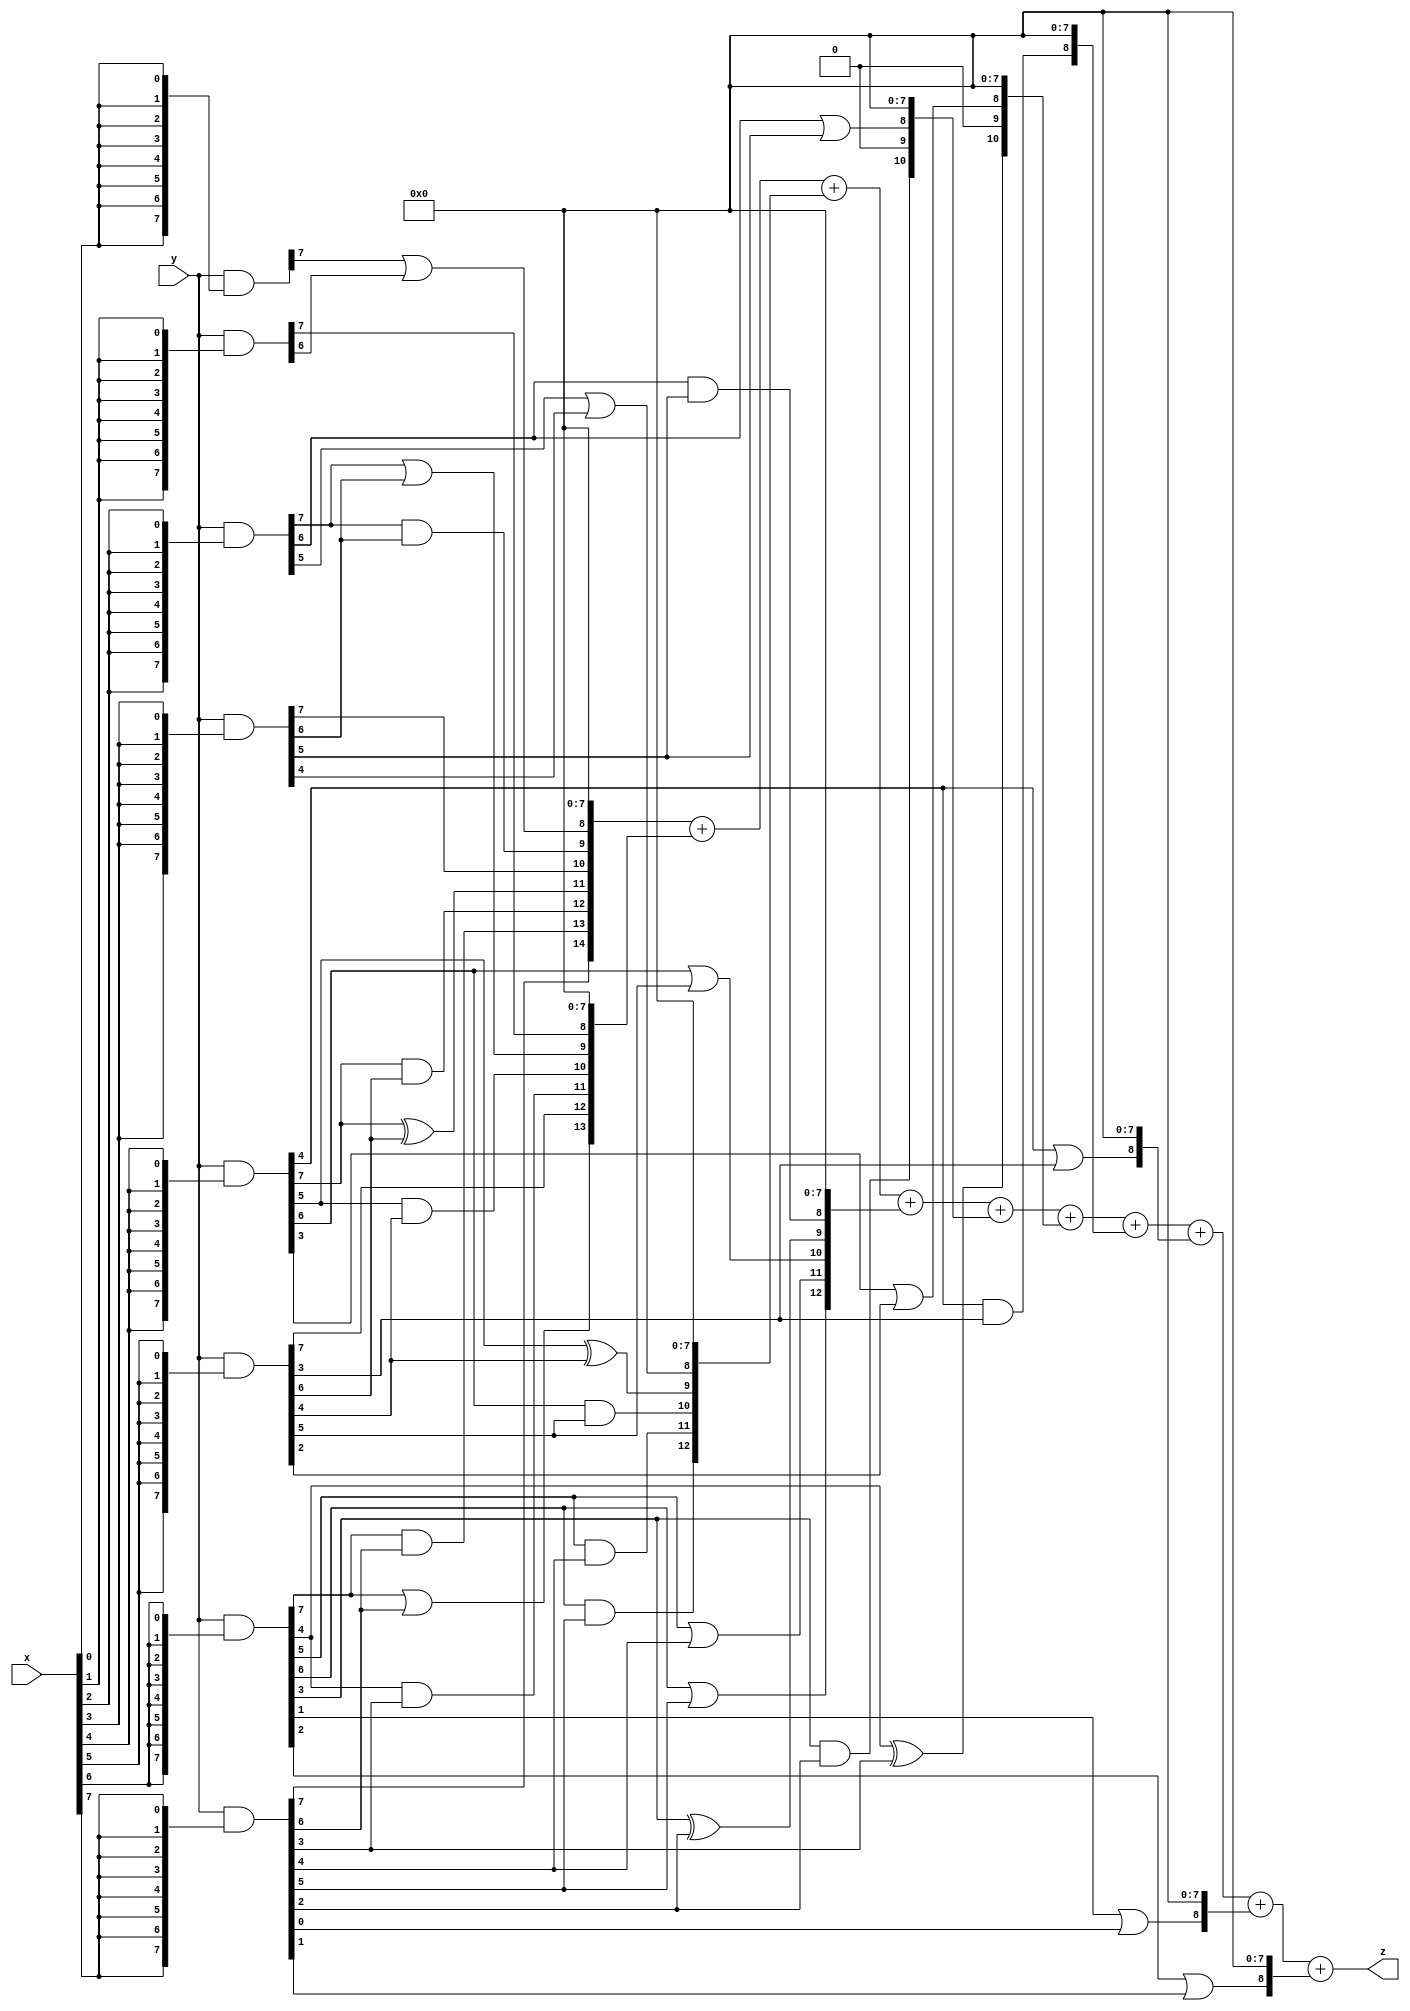
// terms: 31
// fval:  209926.25

module unsigned_8x8_l8_lamb6000_0 (
	input [7:0] x,
	input [7:0] y,
	output [15:0] z
);


wire [7:0] part1 =  y & {8{x[0]}};
wire [7:0] part2 =  y & {8{x[1]}};
wire [7:0] part3 =  y & {8{x[2]}};
wire [7:0] part4 =  y & {8{x[3]}};
wire [7:0] part5 =  y & {8{x[4]}};
wire [7:0] part6 =  y & {8{x[5]}};
wire [7:0] part7 =  y & {8{x[6]}};
wire [7:0] part8 =  y & {8{x[7]}};

wire [14:0] new_part1;
assign new_part1[0] = 0;
assign new_part1[1] = 0;
assign new_part1[2] = 0;
assign new_part1[3] = 0;
assign new_part1[4] = 0;
assign new_part1[5] = 0;
assign new_part1[6] = 0;
assign new_part1[7] = 0;
assign new_part1[8] = part1[7] | part2[6];
assign new_part1[9] = part3[7] & part4[6];
assign new_part1[10] = part4[7];
assign new_part1[11] = part5[7] ^ part6[6];
assign new_part1[12] = part5[7] & part6[6];
assign new_part1[13] = part7[7] & part8[6];
assign new_part1[14] = part8[7];

wire [13:0] new_part2;
assign new_part2[0] = 0;
assign new_part2[1] = 0;
assign new_part2[2] = 0;
assign new_part2[3] = 0;
assign new_part2[4] = 0;
assign new_part2[5] = 0;
assign new_part2[6] = 0;
assign new_part2[7] = 0;
assign new_part2[8] = part2[7];
assign new_part2[9] = part3[7] | part4[6];
assign new_part2[10] = part5[5] & part6[4];
assign new_part2[11] = part7[4] & part8[3];
assign new_part2[12] = part6[7];
assign new_part2[13] = part7[7] | part8[6];

wire [12:0] new_part3;
assign new_part3[0] = 0;
assign new_part3[1] = 0;
assign new_part3[2] = 0;
assign new_part3[3] = 0;
assign new_part3[4] = 0;
assign new_part3[5] = 0;
assign new_part3[6] = 0;
assign new_part3[7] = 0;
assign new_part3[8] = part3[5] | part4[4];
assign new_part3[9] = part5[5] ^ part6[4];
assign new_part3[10] = part5[6] & part6[5];
assign new_part3[11] = part7[5] & part8[4];
assign new_part3[12] = part7[6] & part8[5];

wire [12:0] new_part4;
assign new_part4[0] = 0;
assign new_part4[1] = 0;
assign new_part4[2] = 0;
assign new_part4[3] = 0;
assign new_part4[4] = 0;
assign new_part4[5] = 0;
assign new_part4[6] = 0;
assign new_part4[7] = 0;
assign new_part4[8] = part3[6] & part4[5];
assign new_part4[9] = part7[3] ^ part8[2];
assign new_part4[10] = part5[6] | part6[5];
assign new_part4[11] = part7[5] | part8[4];
assign new_part4[12] = part7[6] | part8[5];

wire [10:0] new_part5;
assign new_part5[0] = 0;
assign new_part5[1] = 0;
assign new_part5[2] = 0;
assign new_part5[3] = 0;
assign new_part5[4] = 0;
assign new_part5[5] = 0;
assign new_part5[6] = 0;
assign new_part5[7] = 0;
assign new_part5[8] = part3[6] | part4[5];
assign new_part5[9] = 0;
assign new_part5[10] = part7[3] & part8[2];

wire [10:0] new_part6;
assign new_part6[0] = 0;
assign new_part6[1] = 0;
assign new_part6[2] = 0;
assign new_part6[3] = 0;
assign new_part6[4] = 0;
assign new_part6[5] = 0;
assign new_part6[6] = 0;
assign new_part6[7] = 0;
assign new_part6[8] = part5[3] | part6[2];
assign new_part6[9] = 0;
assign new_part6[10] = part7[4] ^ part8[3];

wire [8:0] new_part7;
assign new_part7[0] = 0;
assign new_part7[1] = 0;
assign new_part7[2] = 0;
assign new_part7[3] = 0;
assign new_part7[4] = 0;
assign new_part7[5] = 0;
assign new_part7[6] = 0;
assign new_part7[7] = 0;
assign new_part7[8] = part5[4] & part6[3];

wire [8:0] new_part8;
assign new_part8[0] = 0;
assign new_part8[1] = 0;
assign new_part8[2] = 0;
assign new_part8[3] = 0;
assign new_part8[4] = 0;
assign new_part8[5] = 0;
assign new_part8[6] = 0;
assign new_part8[7] = 0;
assign new_part8[8] = part5[4] | part6[3];

wire [8:0] new_part9;
assign new_part9[0] = 0;
assign new_part9[1] = 0;
assign new_part9[2] = 0;
assign new_part9[3] = 0;
assign new_part9[4] = 0;
assign new_part9[5] = 0;
assign new_part9[6] = 0;
assign new_part9[7] = 0;
assign new_part9[8] = part7[1] | part8[0];

wire [8:0] new_part10;
assign new_part10[0] = 0;
assign new_part10[1] = 0;
assign new_part10[2] = 0;
assign new_part10[3] = 0;
assign new_part10[4] = 0;
assign new_part10[5] = 0;
assign new_part10[6] = 0;
assign new_part10[7] = 0;
assign new_part10[8] = part7[2] | part8[1];

assign z = new_part1 + new_part2 + new_part3 + new_part4 + new_part5 + new_part6 + new_part7 + new_part8 + new_part9 + new_part10;
endmodule